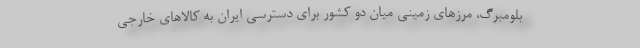
بلومبرگ، مرزهای زمینی میان دو کشور برای دسترسی ایران به کالاهای خارجی